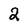
Character: 2